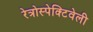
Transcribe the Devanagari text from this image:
रेत्रोस्पेक्टिवेली